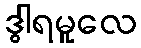
ဒွါရမူလေ